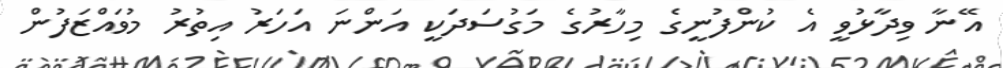
އޭނާ ވިދާޅުވީ އެ ކުންފުނީގެ މިހާރުގެ މަގުސަދަކީ އަންނަ އަހަރު އިތުރު މުވައްޒަފުން